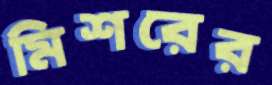
মিশরের